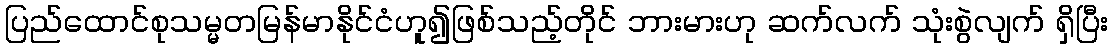
ပြည်ထောင်စုသမ္မတမြန်မာနိုင်ငံဟူ၍ဖြစ်သည့်တိုင် ဘားမားဟု ဆက်လက် သုံးစွဲလျက် ရှိပြီး